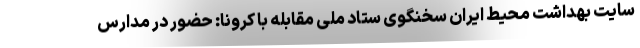
سایت بهداشت محیط ایران سخنگوی ستاد ملی مقابله با کرونا: حضور در مدارس